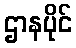
ဌာနပိုင်